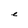
Character: e